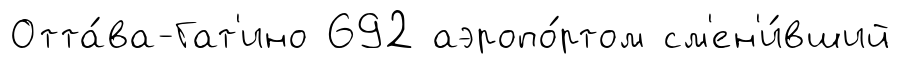
Отта́ва-Гат'ино 692 аэропо́ртом см'ен'и́вший